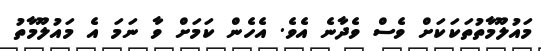
މައުލޫމާތުތަކަކަށް ވެސް ވެދާނެ އެވެ. އެހެން ކަމަށް ވާ ނަމަ އެ މައުލޫމާތު